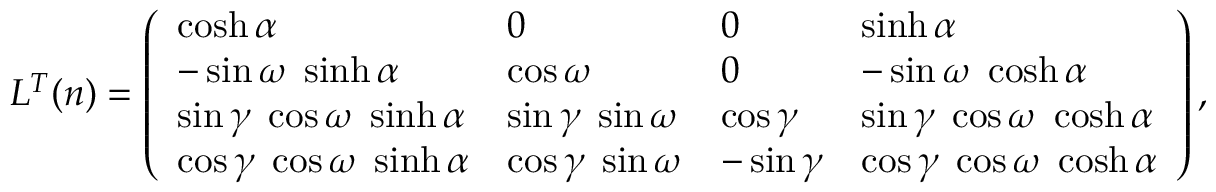
{ \cal L } ^ { T } ( n ) = \left( \begin{array} { l l l l } { { \cosh \alpha } } & { { 0 } } & { { 0 } } & { { \sinh \alpha } } \\ { { - \sin \omega \; \sinh \alpha } } & { { \cos \omega } } & { { 0 } } & { { - \sin \omega \; \cosh \alpha } } \\ { { \sin \gamma \; \cos \omega \; \sinh \alpha } } & { { \sin \gamma \; \sin \omega } } & { { \cos \gamma } } & { { \sin \gamma \; \cos \omega \; \cosh \alpha } } \\ { { \cos \gamma \; \cos \omega \; \sinh \alpha } } & { { \cos \gamma \; \sin \omega } } & { { - \sin \gamma } } & { { \cos \gamma \; \cos \omega \; \cosh \alpha } } \end{array} \right) ,